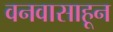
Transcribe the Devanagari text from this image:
वनवासाहून